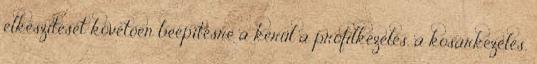
elkészítését követõen beépítésre a kerül a profilkezelés, a kosárkezelés,